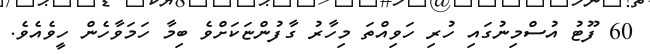
60 ފޫޓު އުސްމިނުގައި ހުރި ހަވިއްތަ މިހާރު ގާފުންޏަކަށްވެ ބިމާ ހަމަވާހެން ހީވެއެވެ.